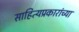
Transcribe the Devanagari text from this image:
साहित्यप्रकारांच्या